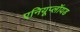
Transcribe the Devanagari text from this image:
एनियूप्लॉयड